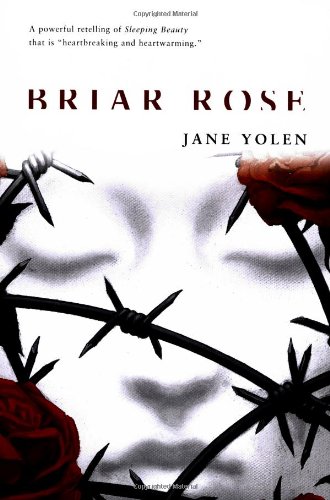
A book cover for Briar Rose; Jane Yolen; Teen & Young Adult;